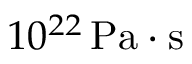
1 0 ^ { 2 2 } \, \mathrm { P a } \cdot \mathrm { s }